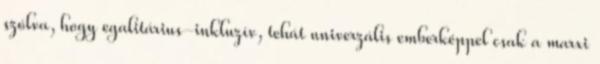
szólva, hogy egalitárius-inkluzív, tehát univerzális emberképpel csak a marxi